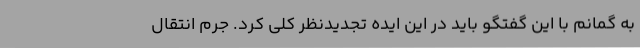
به گمانم با این گفتگو باید در این ایده تجدیدنظر کلی کرد. جرم انتقال